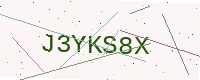
Text: J3YKS8X